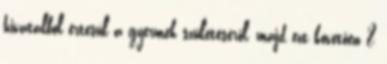
hivatalból értesül a gyermek születéséről, majd ezt követően 8